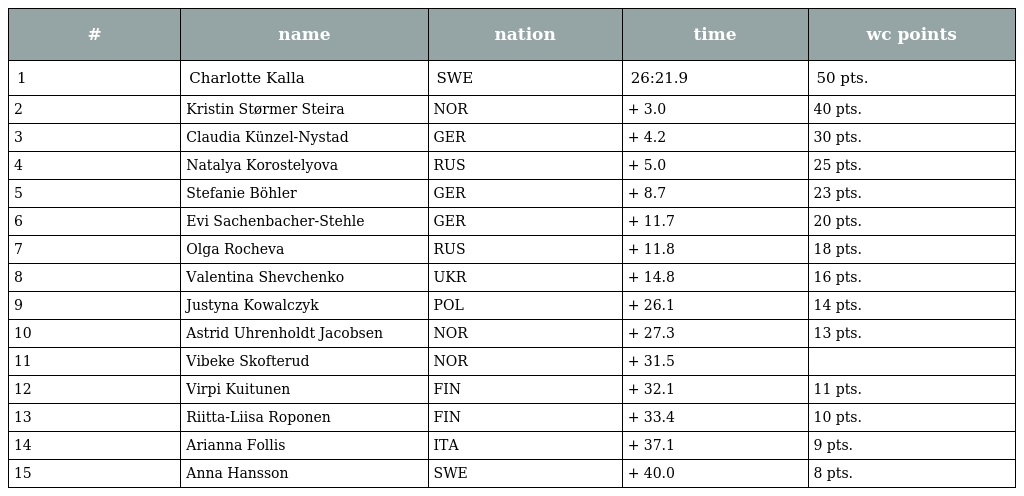
| # | name | nation | time | wc points |
 | --- | --- | --- | --- | --- |
 | 1 | Charlotte Kalla | SWE | 26:21.9 | 50 pts. |
 | 2 | Kristin Størmer Steira | NOR | + 3.0 | 40 pts. |
 | 3 | Claudia Künzel-Nystad | GER | + 4.2 | 30 pts. |
 | 4 | Natalya Korostelyova | RUS | + 5.0 | 25 pts. |
 | 5 | Stefanie Böhler | GER | + 8.7 | 23 pts. |
 | 6 | Evi Sachenbacher-Stehle | GER | + 11.7 | 20 pts. |
 | 7 | Olga Rocheva | RUS | + 11.8 | 18 pts. |
 | 8 | Valentina Shevchenko | UKR | + 14.8 | 16 pts. |
 | 9 | Justyna Kowalczyk | POL | + 26.1 | 14 pts. |
 | 10 | Astrid Uhrenholdt Jacobsen | NOR | + 27.3 | 13 pts. |
 | 11 | Vibeke Skofterud | NOR | + 31.5 |  |
 | 12 | Virpi Kuitunen | FIN | + 32.1 | 11 pts. |
 | 13 | Riitta-Liisa Roponen | FIN | + 33.4 | 10 pts. |
 | 14 | Arianna Follis | ITA | + 37.1 | 9 pts. |
 | 15 | Anna Hansson | SWE | + 40.0 | 8 pts. |